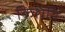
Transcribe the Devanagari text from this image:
किशनि